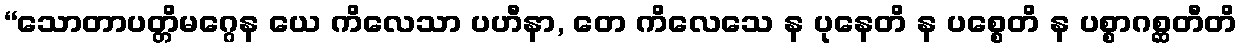
“သောတာပတ္တိမဂ္ဂေန ယေ ကိလေသာ ပဟီနာ, တေ ကိလေသေ န ပုနေတိ န ပစ္စေတိ န ပစ္စာဂစ္ဆတီတိ